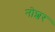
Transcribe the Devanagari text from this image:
नोशर